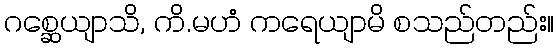
ဂစ္ဆေယျာသိ, ကိ.မဟံ ကရေယျာမိ စသည်တည်း။